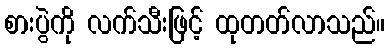
စားပွဲကို လက်သီးဖြင့် ထုတတ်လာသည်။